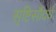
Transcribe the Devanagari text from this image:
सॄष्टिसौंदर्य